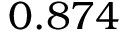
0 . 8 7 4